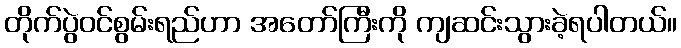
တိုက်ပွဲဝင်စွမ်းရည်ဟာ အတော်ကြီးကို ကျဆင်းသွားခဲ့ရပါတယ်။